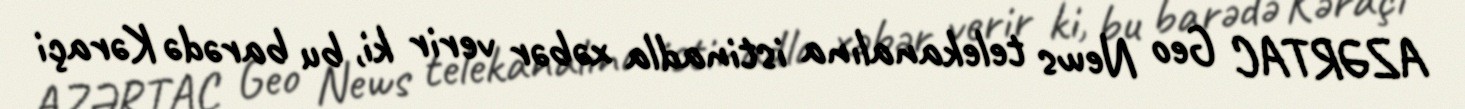
AZƏRTAC Geo News telekanalına istinadla xəbər verir ki, bu barədə Kəraçi